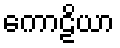
ကောဠိယာ